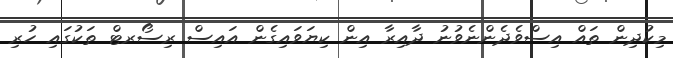
މިކުދިން ތައް އިސްވެދެންނެވުނު ދާއިރާ އިން ކިޔަވައިގެން އައިސް ރިސޯރޓް ތަކުގައި ހުރި